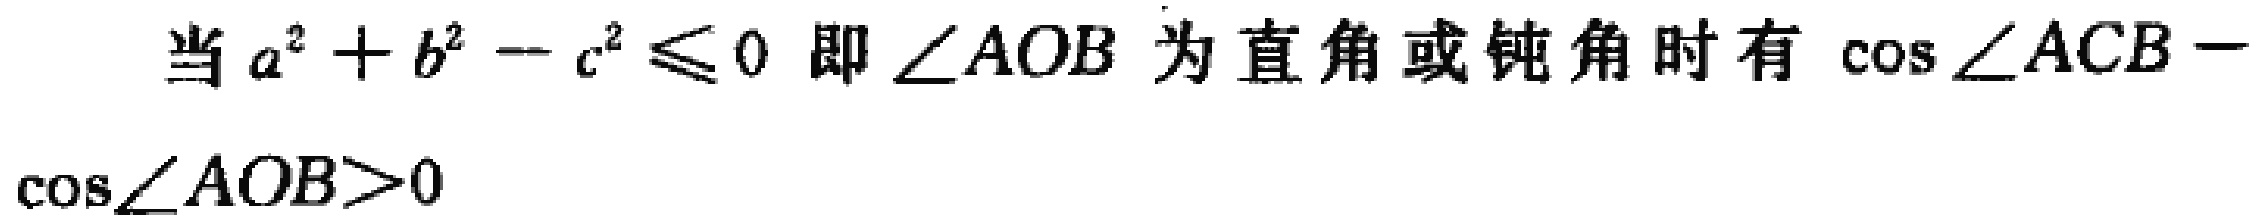
当 \(a^{2}+b^{2}-c^{2}\leq0\) 即 \(\angle AOB\) 为直角或钝角时有 \(\cos\angle ACB - \cos\angle AOB>0\)